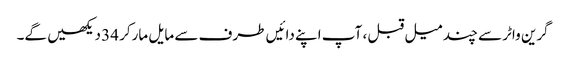
گرین واٹر سے چند میل قبل ، آپ اپنے دائیں طرف سے مایل مارکر 34 دیکھیں گے۔